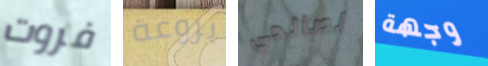
فروت بروعة لصالحي وجهة